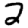
Digit: 2